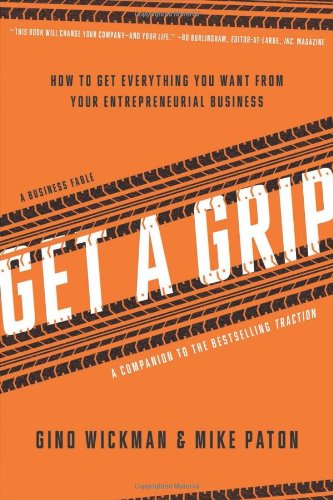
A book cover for Get A Grip: How to Get Everything You Want from Your Entrepreneurial Business; Gino Wickman; Engineering & Transportation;